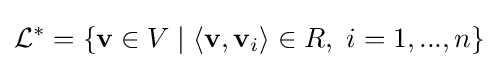
{\mathcal {L}}^{*}=\{\mathbf {v} \in V\mid \langle \mathbf {v} ,\mathbf {v} _{i}\rangle \in R,\ i=1,...,n\}